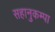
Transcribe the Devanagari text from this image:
सहानुकम्पा